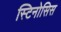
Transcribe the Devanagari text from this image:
स्टिनोसिस